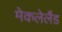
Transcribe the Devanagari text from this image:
मेकलेलैंड